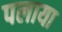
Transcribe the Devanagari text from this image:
पलाया